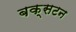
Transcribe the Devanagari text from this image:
बक्सटन